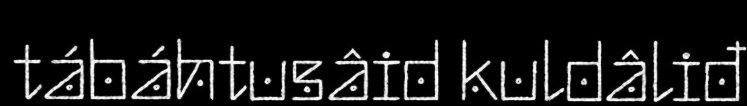
tábáhtusâid kuldâliđ